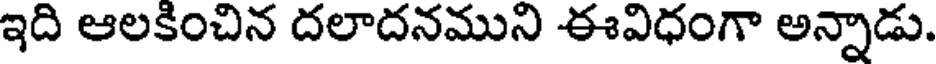
ఇది ఆలకించిన దలాదనముని ఈవిధంగా అన్నాడు.